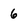
Character: 6